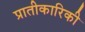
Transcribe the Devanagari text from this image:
प्रातीकारिकी